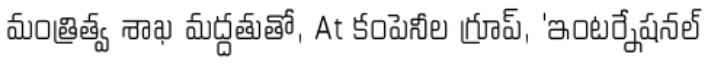
మంత్రిత్వ శాఖ మద్దతుతో, At కంపెనీల గ్రూప్, 'ఇంటర్నేషనల్